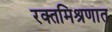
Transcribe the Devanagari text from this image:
रक्तमिश्रणात